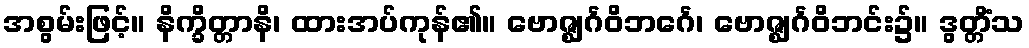
အစွမ်းဖြင့်။ နိက္ခိတ္တာနိ၊ ထားအပ်ကုန်၏။ ဗောဇ္ဈင်္ဂဝိဘင်္ဂေ၊ ဗောဇ္ဈင်္ဂဝိဘင်း၌။ ဒွတ္တိံသ